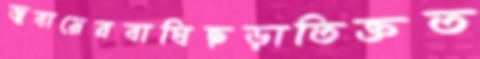
জুবায়েরবাঘিছড়াতিক্তত